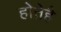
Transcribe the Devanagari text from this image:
होतेहै